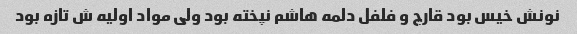
نونش خیس بود قارچ و فلفل دلمه هاشم نپخته بود ولی مواد اولیه ش تازه بود